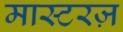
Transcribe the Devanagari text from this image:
मास्टरज़